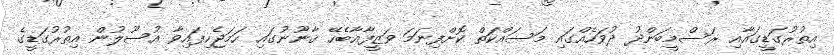
އިތުރުގަޑީގައާއި ރަސްމީބަންދު ދުވަހެއްގައި މަސައްކަތް ކޮށްފިނަމަ ވަޒީފާއާބެހޭ ޤާނޫނުގައި ހަމަޖެހިފައިވާ އުސޫލުން އިތުރުގަޑީގެ